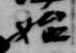
始